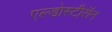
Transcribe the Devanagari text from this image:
एल्डोस्टीरॉन